Indian journal of veterinary science and animal husbandry - Volume 3,
Year: 1933
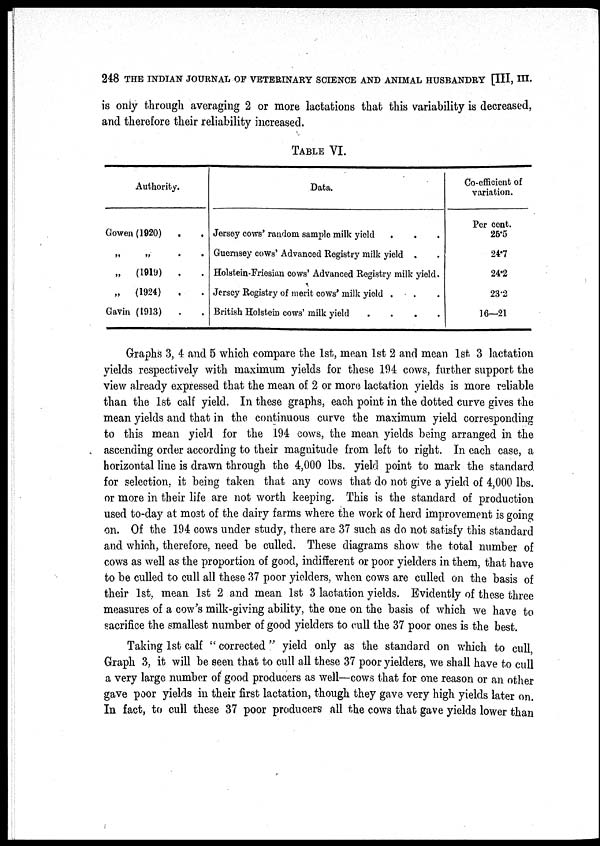
248 THE INDIAN JOURNAL OF VETERINARY SCIENCE AND ANIMAL HUSBANDRY [III, III.
is only through averaging 2 or more lactations that this variability is decreased,
and therefore their reliability increased.
TABLE VI.
Authority.
Gowen (1920)
.
„ „ . .
„
(1919)
.
.
„
(1924)
.
.
Gavin (1913) . .
Data.
Jersey cows' random sample milk yield
Guernsey cows' Advanced Registry milk yield .
Holstein-Friesian cows' Advanced Registry milk yield.
Jersey Registry of merit cows' milk yield .
British Holstein cows' milk yield
....
Co-efficient of
variation.
Per cent.
26.5
24.7
24.2
23.2
16—21
Graphs 3, 4 and 5 which compare the 1st, mean 1st 2 and mean 1st 3 lactation
yields respectively with maximum yields for these 194 cows, further support the
view already expressed that the mean of 2 or more lactation yields is more reliable
than the 1st calf yield. In these graphs, each point in the dotted curve gives the
mean yields and that in the continuous curve the maximum yield corresponding
to this mean yield for the 194 cows, the mean yields being arranged in the
ascending order according to their magnitude from, left to right. In each case, a
horizontal line is drawn through the 4,000 lbs. yield point to mark the standard
for selection, it being taken that any cows that do not give a yield of 4,000 lbs.
or more in their life are not worth keeping. This is the standard of production
used to-day at most of the dairy farms where the work of herd improvement is going
on. Of the 194 cows under study, there are 37 such as do not satisfy this standard
and which, therefore, need be culled. These diagrams show the total number of
cows as well as the proportion of good, indifferent or poor yielders in them, that have
to be culled to cull all these 37 poor yielders, when cows are culled on the basis of
their 1st, mean 1st 2 and mean 1st 3 lactation yields. Evidently of these three
measures of a cow's milk-giving ability, the one on the basis of which we have to
sacrifice the smallest number of good yielders to cull the 37 poor ones is the best.
Taking 1st calf " corrected" yield only as the standard on which to cull,
Graph 3, it will be seen that to cull all these 37 poor yielders, we shall have to cull
a very large number of good producers as well—cows that for one reason or an other
gave poor yields in their first lactation, though they gave very high yields later on.
In fact, to cull these 37 poor producers all the cows that gave yields lower than